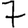
Digit: 7